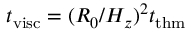
t _ { \mathrm { v i s c } } = ( R _ { 0 } / H _ { z } ) ^ { 2 } t _ { \mathrm { t h m } }